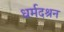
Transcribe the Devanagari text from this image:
धर्मदश्रन